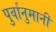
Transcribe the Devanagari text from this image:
पुर्वानुमानी